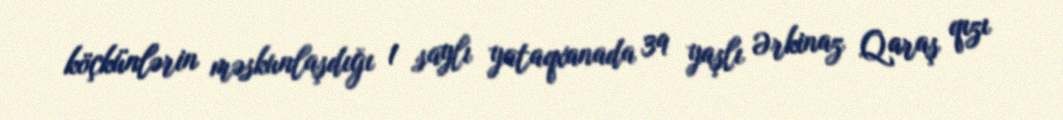
köçkünlərin məskunlaşdığı 1 saylı yataqxanada 39 yaşlı Ərkinaz Qaraş qızı